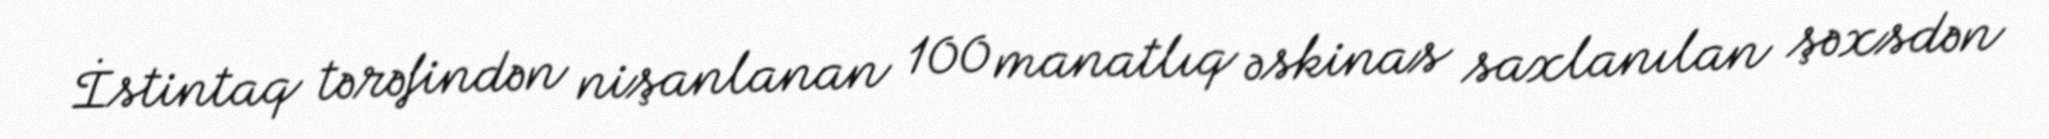
İstintaq tərəfindən nişanlanan 100 manatlıq əskinas saxlanılan şəxsdən